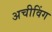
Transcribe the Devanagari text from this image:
अचीविंग